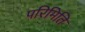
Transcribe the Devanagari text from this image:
परिमिति